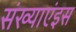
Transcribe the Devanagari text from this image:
संख्याएंइस